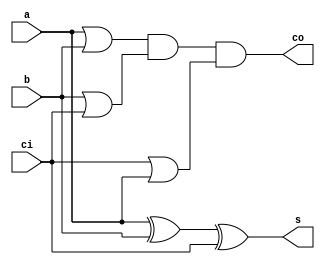
// Adder 

module adder(s, co, a, b, ci);

   output s, co;
   input  a, b, ci;
   
   wire   o0, o1, o2;
   
   xor(s, a, b, ci);
   
   or(o0, a, b);
   or(o1, b, ci);
   or(o2, ci, a);
   and(co, o0, o1, o2);
   
endmodule // adder


module adder8(s, co, a, b, ci);
   
   output [7:0] s;
   output 	co;
   input [7:0] 	a, b;
   input 	ci;
   
   wire 	c1, c2, c3, c4, c5, c6, c7;
   
   adder a0(s[0], c1, a[0], b[0], ci);
   adder a1(s[1], c2, a[1], b[1], c1);
   adder a2(s[2], c3, a[2], b[2], c2);
   adder a3(s[3], c4, a[3], b[3], c3);
   adder a4(s[4], c5, a[4], b[4], c4);
   adder a5(s[5], c6, a[5], b[5], c5);
   adder a6(s[6], c7, a[6], b[6], c6);
   adder a7(s[7], co, a[7], b[7], c7);
   
   
endmodule // adder8

module cadder(u, m, n, o, p, q, r, s, t);
  
   output [7:0] u;
   input  [7:0] m, n, o, p, q, r, s, t;
   wire   [7:0] w1, w2, w3, w4, w5, w6;
   wire         w, co1, co2, co3,co4, co5, co6, co7;
   
   assign w=0;
   adder8 a0(w1, co1, m, n, w);
   adder8 a1(w2, co2, o, p, w);
   adder8 a2(w3, co3, q, r, w);
   adder8 a3(w4, co4, s, t, w);
   adder8 a4(w5, co5, w1, w2, w);
   adder8 a5(w6, co6, w3, w4, w);
   adder8 a6(u, co7, w5, w6, w);
   
endmodule // cadder